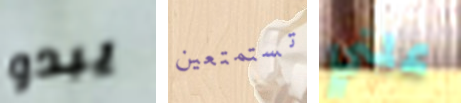
يبدو تستمتعين علني